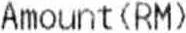
AMOUNT(RM)